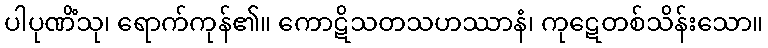
ပါပုဏိံသု၊ ရောက်ကုန်၏။ ကောဋိသတသဟဿာနံ၊ ကုဋေတစ်သိန်းသော။